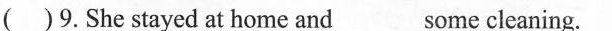
( )9. She stayed at home and_some cleaning.